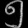
Digit: ၅